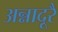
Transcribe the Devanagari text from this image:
अन्नादूरै